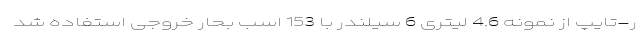
ر-تایپ از نمونه 4.6 لیتری 6 سیلندر با 153 اسب بحار خروجی استفاده شد